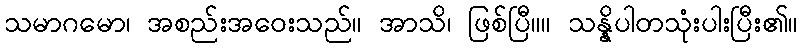
သမာဂမော၊ အစည်းအဝေးသည်။ အာသိ၊ ဖြစ်ပြီ။။ သန္နိပါတသုံးပါးပြီး၏။